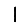
Digit: 1